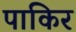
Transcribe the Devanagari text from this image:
पाकिर